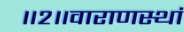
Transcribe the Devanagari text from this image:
॥२॥वाराणस्थां